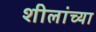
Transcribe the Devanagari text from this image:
शीलांच्या